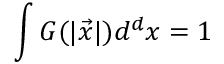
\int G ( | \vec { x } | ) d ^ { d } x = 1